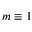
m \equiv 1